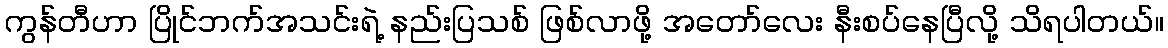
ကွန်တီဟာ ပြိုင်ဘက်အသင်းရဲ့ နည်းပြသစ် ဖြစ်လာဖို့ အတော်လေး နီးစပ်နေပြီလို့ သိရပါတယ်။